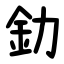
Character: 釛